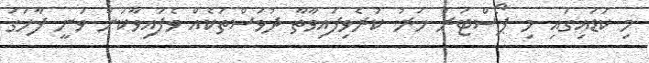
މި ކަޑައިގައި މި ޕޯސްޓަރު ހަރު ކުރެވިފައިވާތާ ދުވަސްތަކެއް ވެފައިވާކަން ވަނީ ފާހަގަ